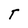
Character: T